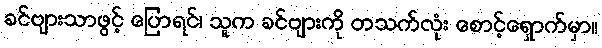
ခင်ဗျားသာဖွင့် ပြောရင်၊ သူက ခင်ဗျားကို တသက်လုံး စောင့်ရှောက်မှာ။